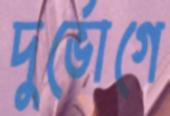
দুর্ভোগে